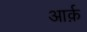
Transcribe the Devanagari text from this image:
आर्क़